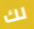
لك